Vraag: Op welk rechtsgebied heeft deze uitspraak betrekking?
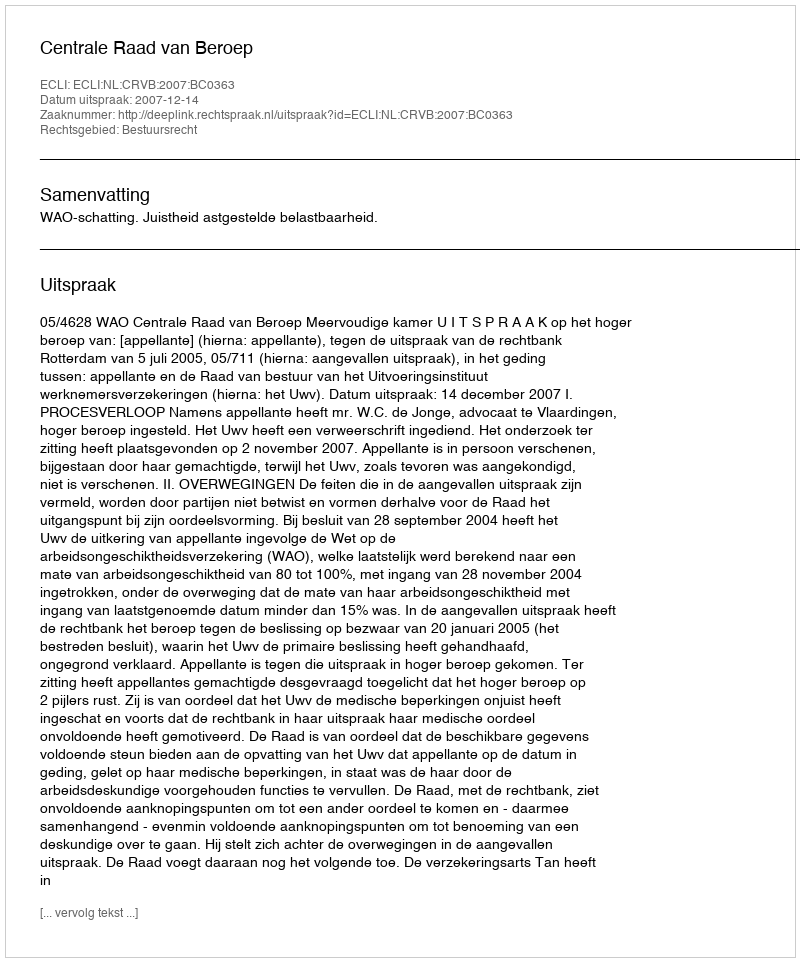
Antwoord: Bestuursrecht